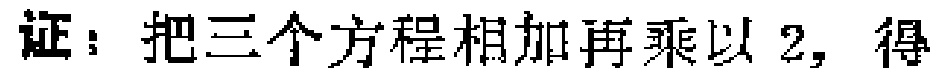
证：把三个方程相加再乘以 2，得